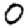
Digit: 0